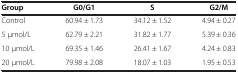
<table><thead><tr><td><b>Group</b></td><td><b>G0/G1</b></td><td><b>S</b></td><td><b>G2/M</b></td></tr></thead><tbody><tr><td>Control</td><td>60.94 ± 1.73</td><td>34.12 ± 1.52</td><td>4.94 ± 0.27</td></tr><tr><td>5 μmol/L</td><td>62.79 ± 2.21</td><td>31.82 ± 1.77</td><td>5.39 ± 0.36</td></tr><tr><td>10 μmol/L</td><td>69.35 ± 1.46</td><td>26.41 ± 1.67</td><td>4.24 ± 0.83</td></tr><tr><td>20 μmol/L</td><td>79.98 ± 2.08</td><td>18.07 ± 1.03</td><td>1.95 ± 0.53</td></tr></tbody></table>